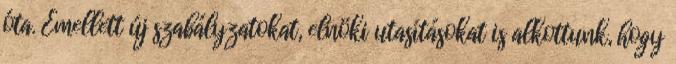
óta. Emellett új szabályzatokat, elnöki utasításokat is alkottunk, hogy